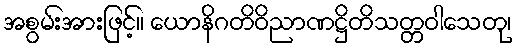
အစွမ်းအားဖြင့်။ ယောနိဂတိဝိညာဏဋ္ဌိတိသတ္တဝါသေတု၊